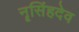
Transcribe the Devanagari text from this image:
नॄसिंहदेव